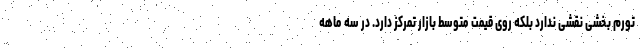
تورم بخشی نقشی ندارد بلکه روی قیمت متوسط بازار تمرکز دارد. در سه ماهه